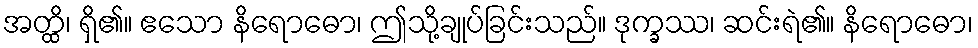
အတ္ထိ၊ ရှိ၏။ ဧသော နိရောဓော၊ ဤသို့ချုပ်ခြင်းသည်။ ဒုက္ခဿ၊ ဆင်းရဲ၏။ နိရောဓော၊